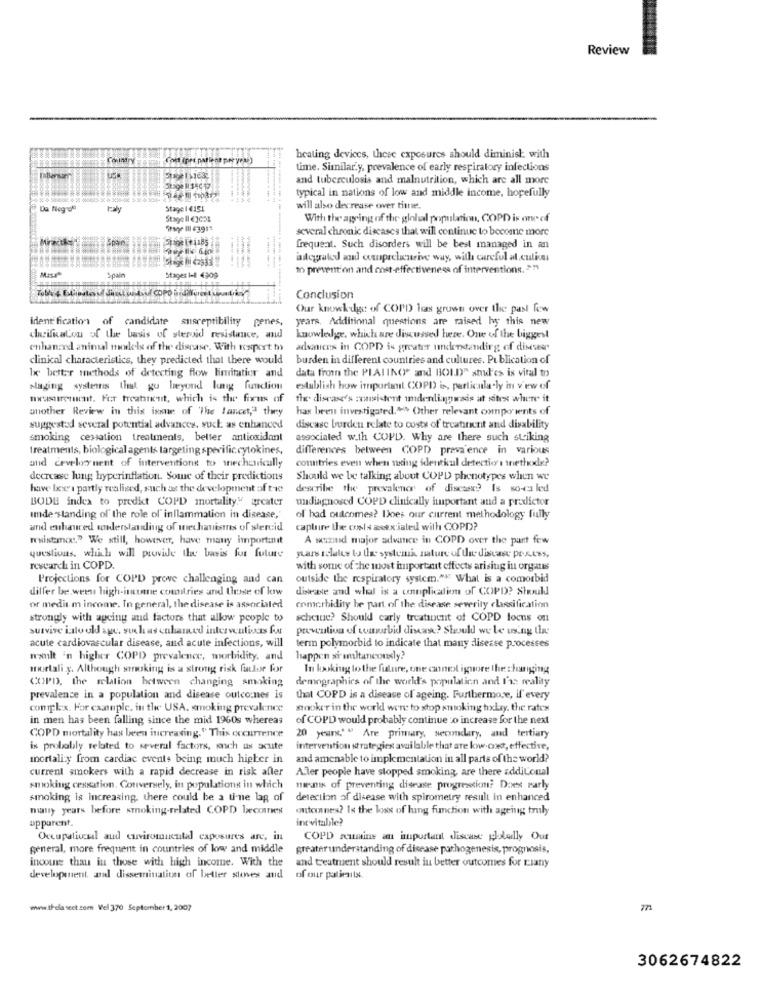
Review
Country
heating devices, these exposures should diminish with
time. Similar.y, prevalence of early respiratory infections
and tuberculosis and malnutrition, which are all more
typical in nations of low and middle income, hopefully
Da Negrol
taly
Stage 1 4151
will also decrease over time.
Stage ll €3051
With the agring of the global population, COPD is one of
1Page Ill 43917
several chronic diseases that will continue to become more
frequent. Such disorders will be best managed in an
Badegrated and onprelurive way, with careful al.culives
to prevention and cost-effectiveness of interventions. ??
Spain
Stages 1- 4309
Conclusion
Our knowkige of COPD les grown over the past few
ident fication of candidate susceptibility penes,
years. Additional questions are raised hy this new
chrificaLou of the basis of steroid resistance, and
knowledge, which are discussed here. One of the biggest
chhan:xd animal models of the disease. With rosport to
advances in COPD is greater understanding of disesas
clinical characteristics, they predicted that there would
burden in different countries and cultures. Publication of
1x better methods of detecting flow limitation and
data from the PIAIING and BOI.D" shul'es is vital to
Naging systems that go beyond lung function
establish how important COPD is, particularly in view of
measurement. For treatment, which is the fixus of
the disease's cmasistent imdendinnersds at sites where it
another Review in this issue of The lancet," they
has been investigated."> Other relevant ounpo wents of
suggested several potential advances, such as enhanced
discasc burden relate to costs of treatinenit and disability
smoking cessation treatments, belter antioxidant
associated w.th COPD. Why are there such stiking
treatments, biological agents targeting specific cytokines,
differences between COPD prevalence in various
countries even when ning identkul detectio's inethode?
and cevelos nent of interventions to mechanically
decrease lung hyperinflation. Some of their predictions
Should we be talking about COPD phenotypes when we
have lee'i partly realised, such as the development of tie
describe the prevalence of disease? Is so-ca led
BODE indea to predict COPD mortality." areater
undiagnosed COPD clinically huportant and a predictor
Imde "standing of the role of inflammation in disease,"
of had outcomes? Does our current methodology fully
and enhanced sonderstanding of mechanisms of slercid
capture the cools aex ialed with COPD?
nuistmo." We still, however, have many importinit
A wind major adumce in COPD over the part few
questions, which will provide the bevis for future
years relates to the systemi, nature of the disease press,
research in COPD.
with some of the most important effects arising in organes
Projections for COPD prove challenging and can
outside the respiratory system." What is a comorbid
differ be ween high-innne countries and Use of low
disease and what is a contiplication of COPD? Should
or medis m income. In general, the disease is associated
comerbidity be part of the disease severity classification
strongly with ageing and factors that allow people to
scheine? Should carly treatinent of COPD focus on
survive ilo old age, such as enhamed interventivcs for
prevention of comorbid disease? Should we le using the
acute cardiovascular disease, and acute infections, will
term polymorbid to indicate that many disesse procestes
walt 'n higher COPD prevalence, morbidity. and
happen si umltancouxly?
mortali y. Although stroking is a strong risk factor for
In looking to the future, one cannot ignore the changing
COPD, the relation between changing smoking
demographics of the world's population and I's; reality
prevalence in a population and disease outcomes is
that COPD is a disease of ageing. Furthermore, if every
complex. For caanplc, in the USA, smoking prevaknex
snoker in the world were to stop smoking bxlay, the rates
in men has been falling since the mid 1960s whereas
of COPD would probably continue to increase for the next
COPD mortality has been increasing." This occurrence
20 years" " Are primary, secondary, and tertiary
is probably related to several factors, sonch as acute
intervention strategies available that are low-ox, effective,
mortality from cardiac events being much higher in
and amenable to implementation in all parts of the world?
current smokers with a rapid decrease in risk after
Aler people have stopped smoking, are there additional
smoking cessation. Conversely, in populations in which
miesmix of preventing disease progression? Does early
smoking is increasing, there could be a ti-ne lag of
detection of disease with spirometry result in enhanced
many years before smoking-related COPD becomes
outomines? Is the loss of lung function with ageing truly
inevitabile?
apparent.
Occupalivcual aud curviromuculal exposures are, in
COPD semaine an important discase globally Our
general, more frequent in countries of low and middle
greaterunderstanding of disease pathogenesis, prognosis,
income thau iu those with high income. With the
and treatment should result in better outcomes for riany
development, and dissemination of better stoves and of our patients.
www.thelascet.com Vel 370 September 1, 2007
771
3062674822